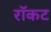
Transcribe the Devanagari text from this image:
रॉकट